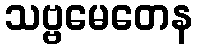
သဗ္ဗမေတေန